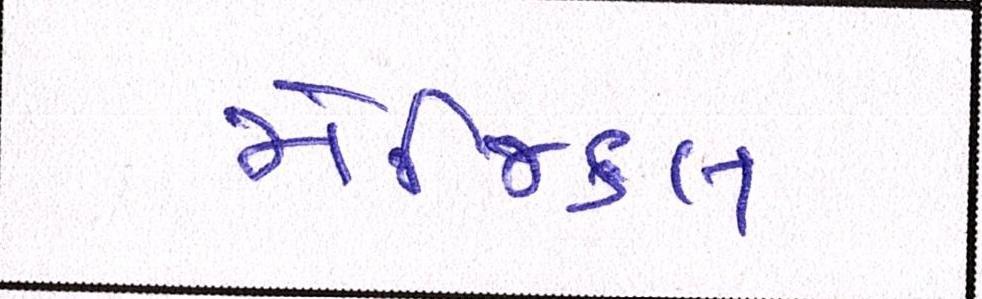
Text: મેજિકલ